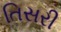
તિસરી